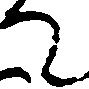
て